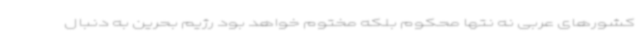
کشورهای عربی نه نتها محکوم بلکه مختوم خواهد بود رژیم بحرین به دنبال